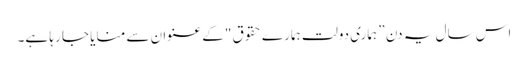
اس سال یہ دن ” ہماری دولت ہمارے حقوق "کے عنوان سے منایا جا رہا ہے۔